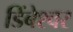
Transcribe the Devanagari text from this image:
डिंबेश्वर